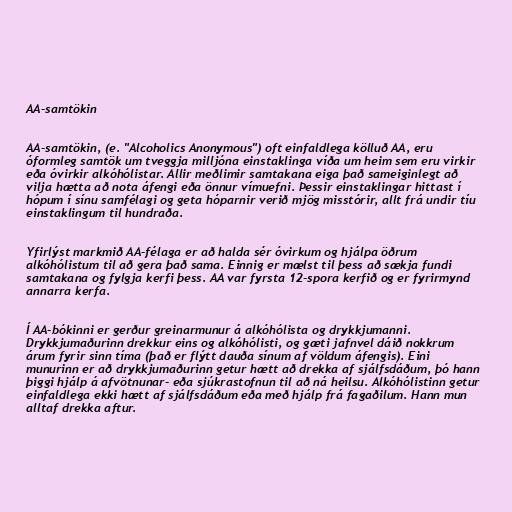
AA-samtökin

AA-samtökin, (e. "Alcoholics Anonymous") oft einfaldlega kölluð AA, eru
óformleg samtök um tveggja milljóna einstaklinga víða um heim sem eru virkir
eða óvirkir alkóhólistar. Allir meðlimir samtakana eiga það sameiginlegt að
vilja hætta að nota áfengi eða önnur vímuefni. Þessir einstaklingar hittast í
hópum í sínu samfélagi og geta hóparnir verið mjög misstórir, allt frá undir tíu
einstaklingum til hundraða.

Yfirlýst markmið AA-félaga er að halda sér óvirkum og hjálpa öðrum
alkóhólistum til að gera það sama. Einnig er mælst til þess að sækja fundi
samtakana og fylgja kerfi þess. AA var fyrsta 12-spora kerfið og er fyrirmynd
annarra kerfa.

Í AA-bókinni er gerður greinarmunur á alkóhólista og drykkjumanni.
Drykkjumaðurinn drekkur eins og alkóhólisti, og gæti jafnvel dáið nokkrum
árum fyrir sinn tíma (það er flýtt dauða sínum af völdum áfengis). Eini
munurinn er að drykkjumaðurinn getur hætt að drekka af sjálfsdáðum, þó hann
þiggi hjálp á afvötnunar- eða sjúkrastofnun til að ná heilsu. Alkóhólistinn getur
einfaldlega ekki hætt af sjálfsdáðum eða með hjálp frá fagaðilum. Hann mun
alltaf drekka aftur.